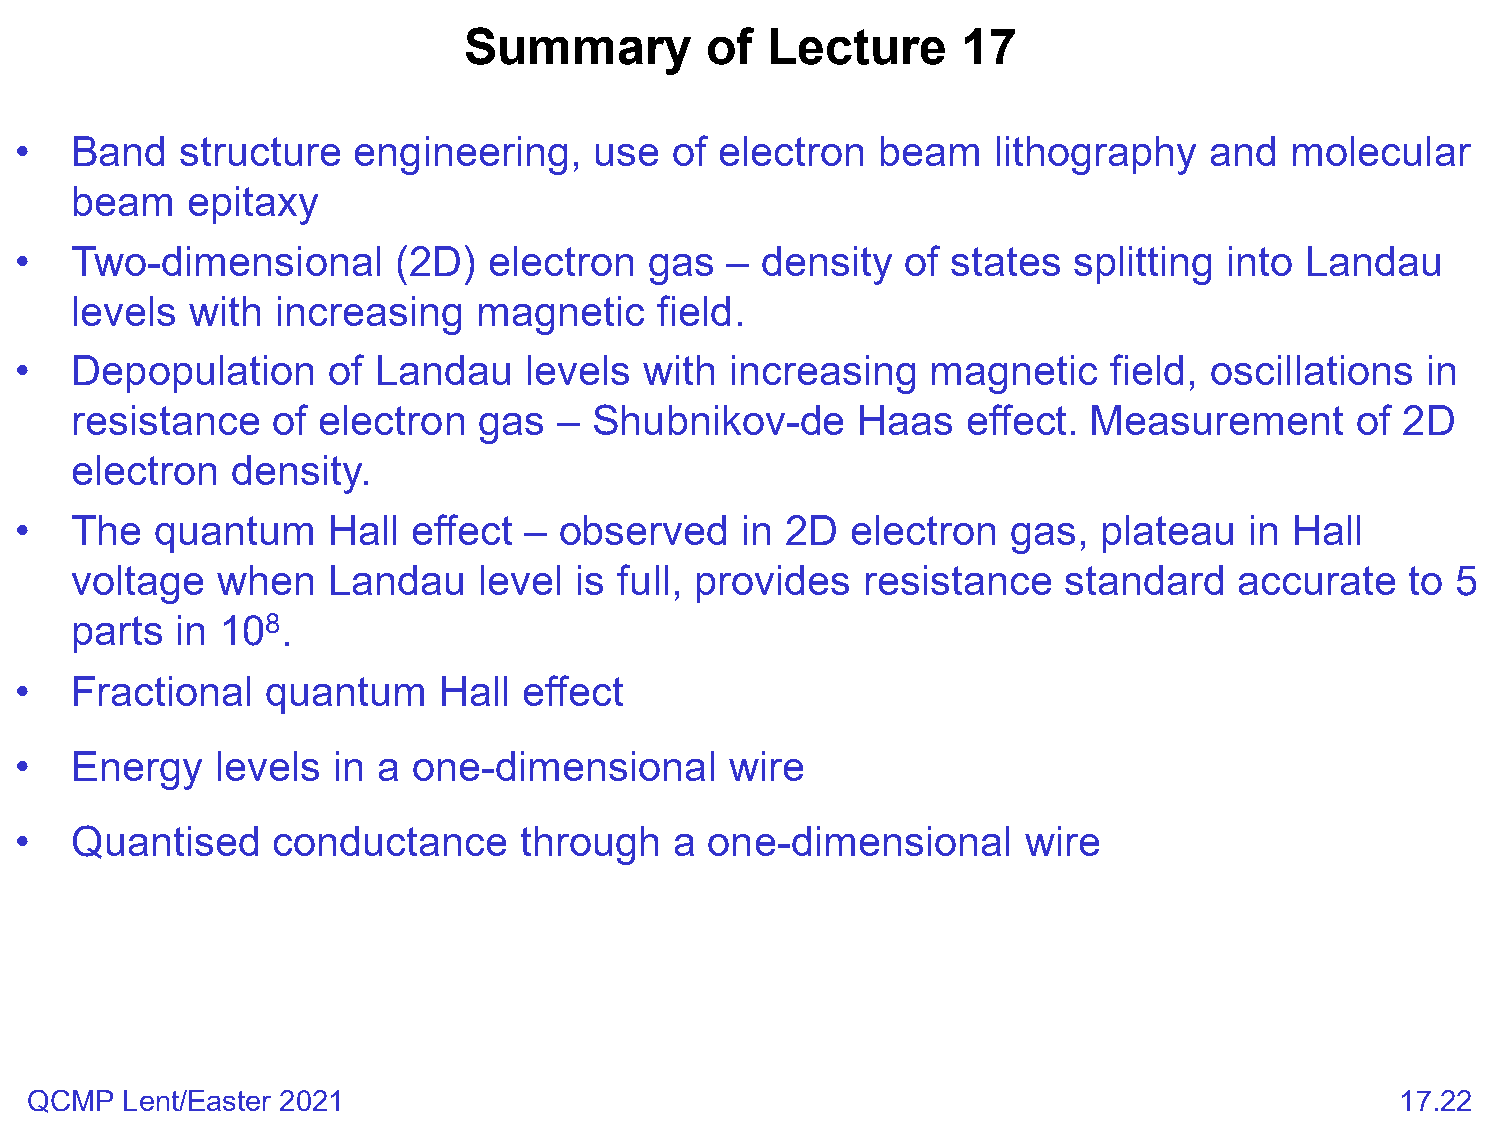
Summary         of  Lecture      17
 •   Band   structure  engineering,    use   of electron  beam    lithography   and  molecular
 beam   epitaxy
 •   Two-dimensional      (2D)  electron   gas  – density   of states  splitting into Landau
 levels  with increasing    magnetic    field.
 •   Depopulation     of Landau    levels  with increasing    magnetic    field, oscillations in
 resistance   of electron   gas  – Shubnikov-de      Haas   effect. Measurement       of 2D
 electron  density.
 •   The  quantum     Hall effect  – observed    in 2D  electron   gas,  plateau   in Hall
 voltage  when    Landau    level is full, provides  resistance   standard    accurate   to 5
 parts  in 108.
 •   Fractional   quantum    Hall  effect
 •   Energy   levels  in a one-dimensional      wire
 •   Quantised    conductance     through    a one-dimensional      wire
 QCMP  Lent/Easter 2021                                                                     17.22